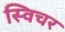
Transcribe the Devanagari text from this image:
स्विचर